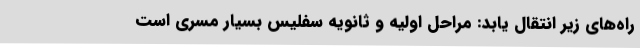
راه‌های زیر انتقال یابد: مراحل اولیه و ثانویه سفلیس بسیار مسری است